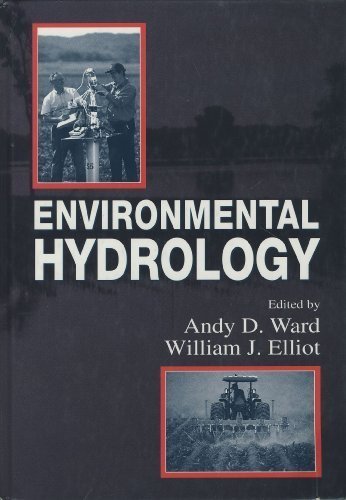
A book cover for Environmental Hydrology; Science & Math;